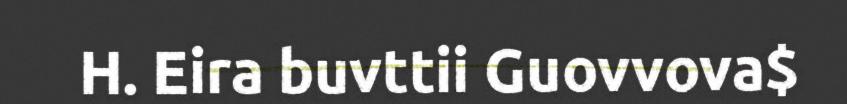
H. Eira buvttii Guovvova$